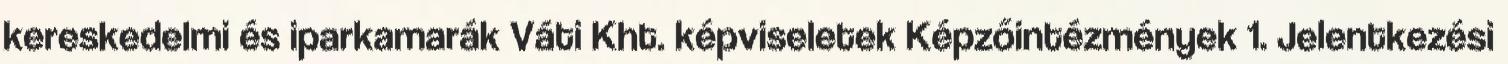
kereskedelmi és iparkamarák Váti Kht. képviseletek Képzőintézmények 1. Jelentkezési